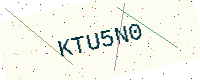
Text: KTU5N0